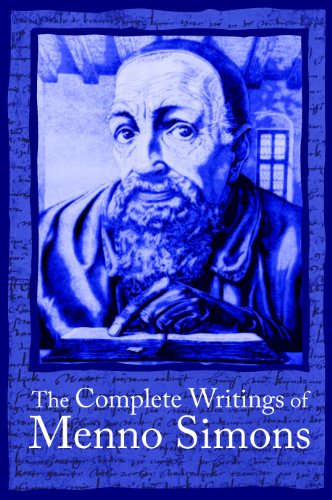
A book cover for The Complete Writings of Menno Simons; J C Wenger; Christian Books & Bibles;